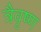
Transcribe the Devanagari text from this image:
त्रैवृष्ण